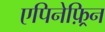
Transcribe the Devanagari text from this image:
एपिनेफ़्रिन